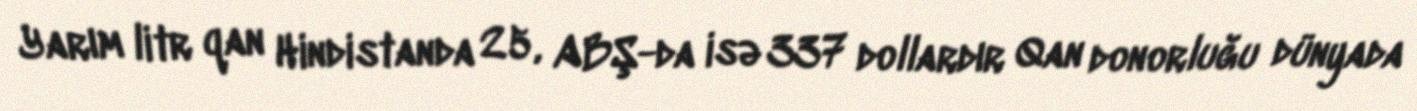
Yarım litr qan Hindistanda 25, ABŞ-da isə 337 dollardır Qan donorluğu dünyada